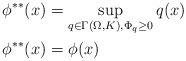
LaTeX: \begin{align*}\phi^{**}(x) &= \sup_{q \in \Gamma(\Omega,K), \Phi_q \geq 0} q(x) \\\phi^{**}(x) &= \phi(x)\end{align*}